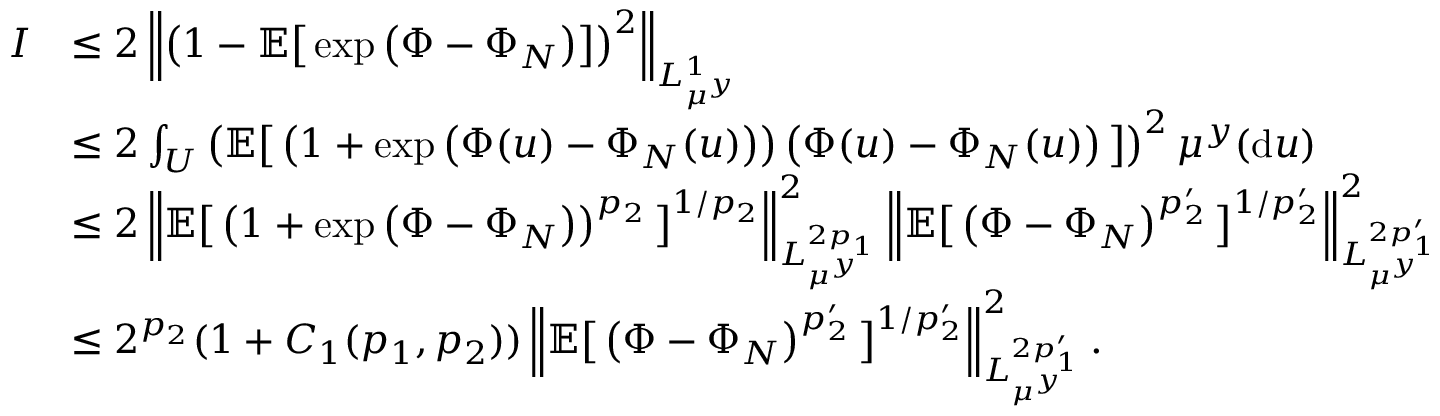
\begin{array} { r l } { I } & { \leq 2 \left\| \left( 1 - \mathbb { E } \big [ \exp \big ( \Phi - \Phi _ { N } \big ) \big ] \right) ^ { 2 } \right\| _ { L _ { \mu ^ { y } } ^ { 1 } } } \\ & { \leq 2 \int _ { U } \left( \mathbb { E } \big [ \left( 1 + \exp \left( \Phi ( u ) - \Phi _ { N } ( u ) \right) \right) \left( \Phi ( u ) - \Phi _ { N } ( u ) \right) \big ] \right) ^ { 2 } \mu ^ { y } ( \mathrm { d } u ) } \\ & { \leq 2 \left\| \mathbb { E } \big [ \left( 1 + \exp \left( \Phi - \Phi _ { N } \right) \right) ^ { p _ { 2 } } \big ] ^ { 1 / { p _ { 2 } } } \right\| _ { L _ { \mu ^ { y } } ^ { 2 p _ { 1 } } } ^ { 2 } \left\| \mathbb { E } \big [ \left( \Phi - \Phi _ { N } \right) ^ { p _ { 2 } ^ { \prime } } \big ] ^ { 1 / p _ { 2 } ^ { \prime } } \right\| _ { L _ { \mu ^ { y } } ^ { 2 p _ { 1 } ^ { \prime } } } ^ { 2 } } \\ & { \leq 2 ^ { p _ { 2 } } ( 1 + C _ { 1 } ( p _ { 1 } , p _ { 2 } ) ) \left\| \mathbb { E } \big [ \left( \Phi - \Phi _ { N } \right) ^ { p _ { 2 } ^ { \prime } } \big ] ^ { 1 / p _ { 2 } ^ { \prime } } \right\| _ { L _ { \mu ^ { y } } ^ { 2 p _ { 1 } ^ { \prime } } } ^ { 2 } . } \end{array}